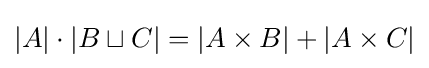
|A|\cdot |B\sqcup C|=|A\times B|+|A\times C|